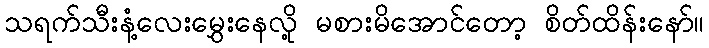
သရက်သီးနံ့လေးမွှေးနေလို့ မစားမိအောင်တော့ စိတ်ထိန်းနော်။